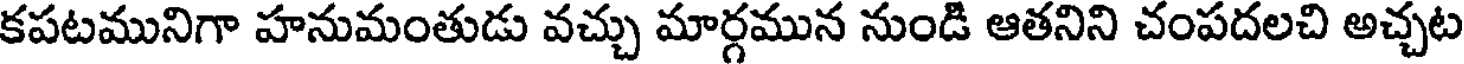
కపటమునిగా హనుమంతుడు వచ్చు మార్గమున నుండి ఆతనిని చంపదలచి అచ్చట